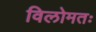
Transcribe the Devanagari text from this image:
विलोमतः